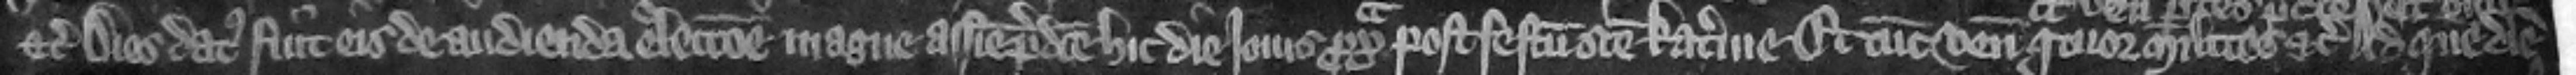
etc. Dies datus fuit eis de audienda eleccione magne assise predicte hic die Jouis proximapost festum Sancte Katerine. Et tunc veniant quatuor milites etc. Ad quem diem